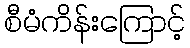
စီမံကိန်းကြောင့်